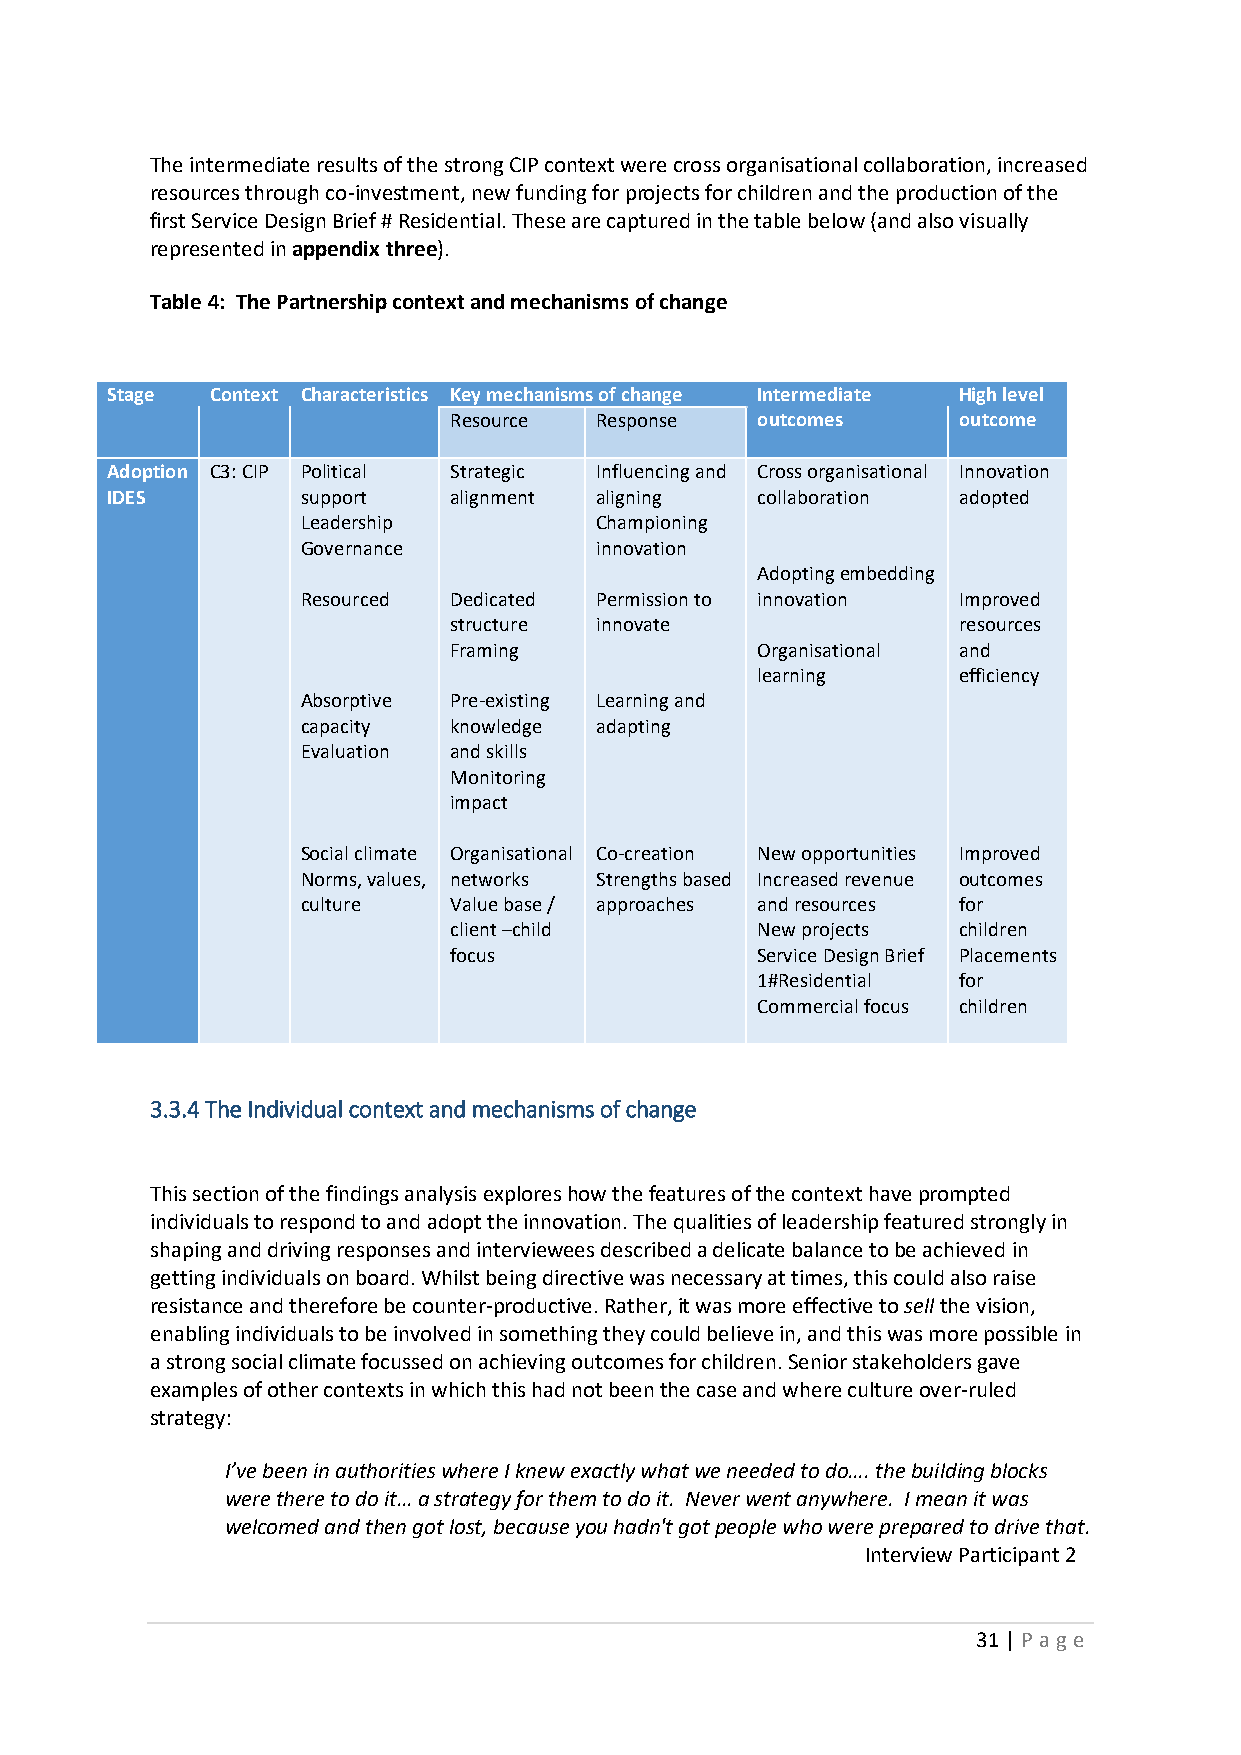
The intermediate results of the strong CIP context were cross organisational collaboration, increased
 resources through co-investment, new funding for projects for children and the production of the
 first Service Design Brief # Residential. These are captured in the table below (and also visually
 represented in appendix three).
 Table 4: The Partnership context and mechanisms of change
 Stage  Context Characteristics Key mechanisms of change Intermediate High level
 Resource Response   outcomes     outcome
 Adoption C3: CIP Political Strategic Influencing and Cross organisational Innovation
 IDES         support   alignment aligning  collaboration adopted
 Leadership         Championing
 Governance         innovation
 Adopting embedding
 Resourced Dedicated Permission to innovation Improved
 structure innovate               resources
 Framing             Organisational and
 learning     efficiency
 Absorptive Pre-existing Learning and
 capacity  knowledge adapting
 Evaluation and skills
 Monitoring
 impact
 Social climate Organisational Co-creation New opportunities Improved
 Norms, values, networks Strengths based Increased revenue outcomes
 culture   Value base / approaches and resources for
 client –child       New projects children
 focus               Service Design Brief Placements
 1#Residential for
 Commercial focus children
 3.3.4 The Individual context and mechanisms of change
 This section of the findings analysis explores how the features of the context have prompted
 individuals to respond to and adopt the innovation. The qualities of leadership featured strongly in
 shaping and driving responses and interviewees described a delicate balance to be achieved in
 getting individuals on board. Whilst being directive was necessary at times, this could also raise
 resistance and therefore be counter-productive. Rather, it was more effective to sell the vision,
 enabling individuals to be involved in something they could believe in, and this was more possible in
 a strong social climate focussed on achieving outcomes for children. Senior stakeholders gave
 examples of other contexts in which this had not been the case and where culture over-ruled
 strategy:
 I’ve been in authorities where I knew exactly what we needed to do…. the building blocks
 were there to do it… a strategy for them to do it. Never went anywhere. I mean it was
 welcomed and then got lost, because you hadn't got people who were prepared to drive that.
 Interview Participant 2
 31 | P age